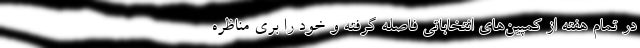
در تمام هفته از کمپین‌های انتخاباتی فاصله گرفته و خود را بری مناظره